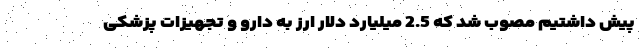
پیش داشتیم مصوب شد که 2.5 میلیارد دلار ارز به دارو و تجهیزات پزشکی